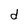
Character: d